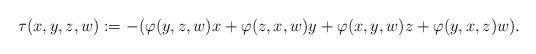
LaTeX: \begin{align*} \tau(x, y, z, w): = -(\varphi(y, z, w) x+ \varphi(z, x, w) y+ \varphi(x, y, w) z+ \varphi(y,x,z) w).\end{align*}